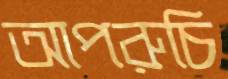
আপরুচি